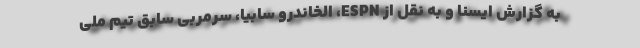
به گزارش ایسنا و به نقل از ESPN، الخاندرو سابیا، سرمربی سابق تیم ملی